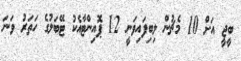
ބީޖީ އަށް 10 މެޗުން ލިބިފައިވަނީ 12 ޕޮއިންޓާއެކު ޓޭބަލުގެ ހަތަރު ވަނަ